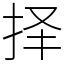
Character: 择